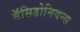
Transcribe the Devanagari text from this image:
मॅसिडोनियन्स